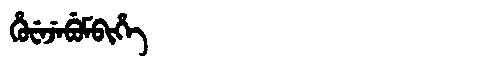
Manchu: ᡥᡠᠸᡝᠵᡝᠪᡠᠮᠪᡳᡥᡝ
Romanization: HUWEJEBUMBIHE